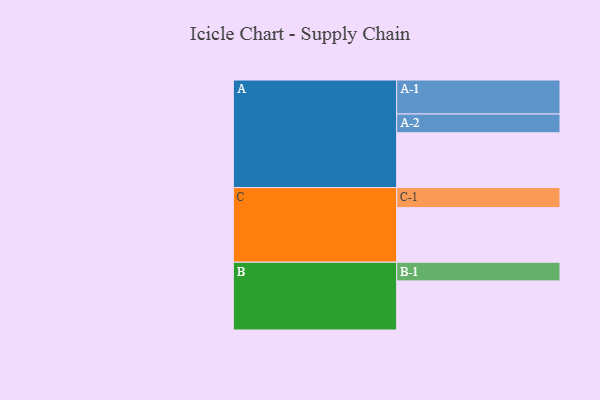
{"axis": {"x": "Segment", "y": "Value"}, "legend": ["", "A", "B", "C"], "data": [{"x": "A", "y": 396, "type": ""}, {"x": "B", "y": 355, "type": ""}, {"x": "C", "y": 395, "type": ""}, {"x": "A-1", "y": 246, "type": "A"}, {"x": "A-2", "y": 136, "type": "A"}, {"x": "B-1", "y": 135, "type": "B"}, {"x": "C-1", "y": 145, "type": "C"}]}